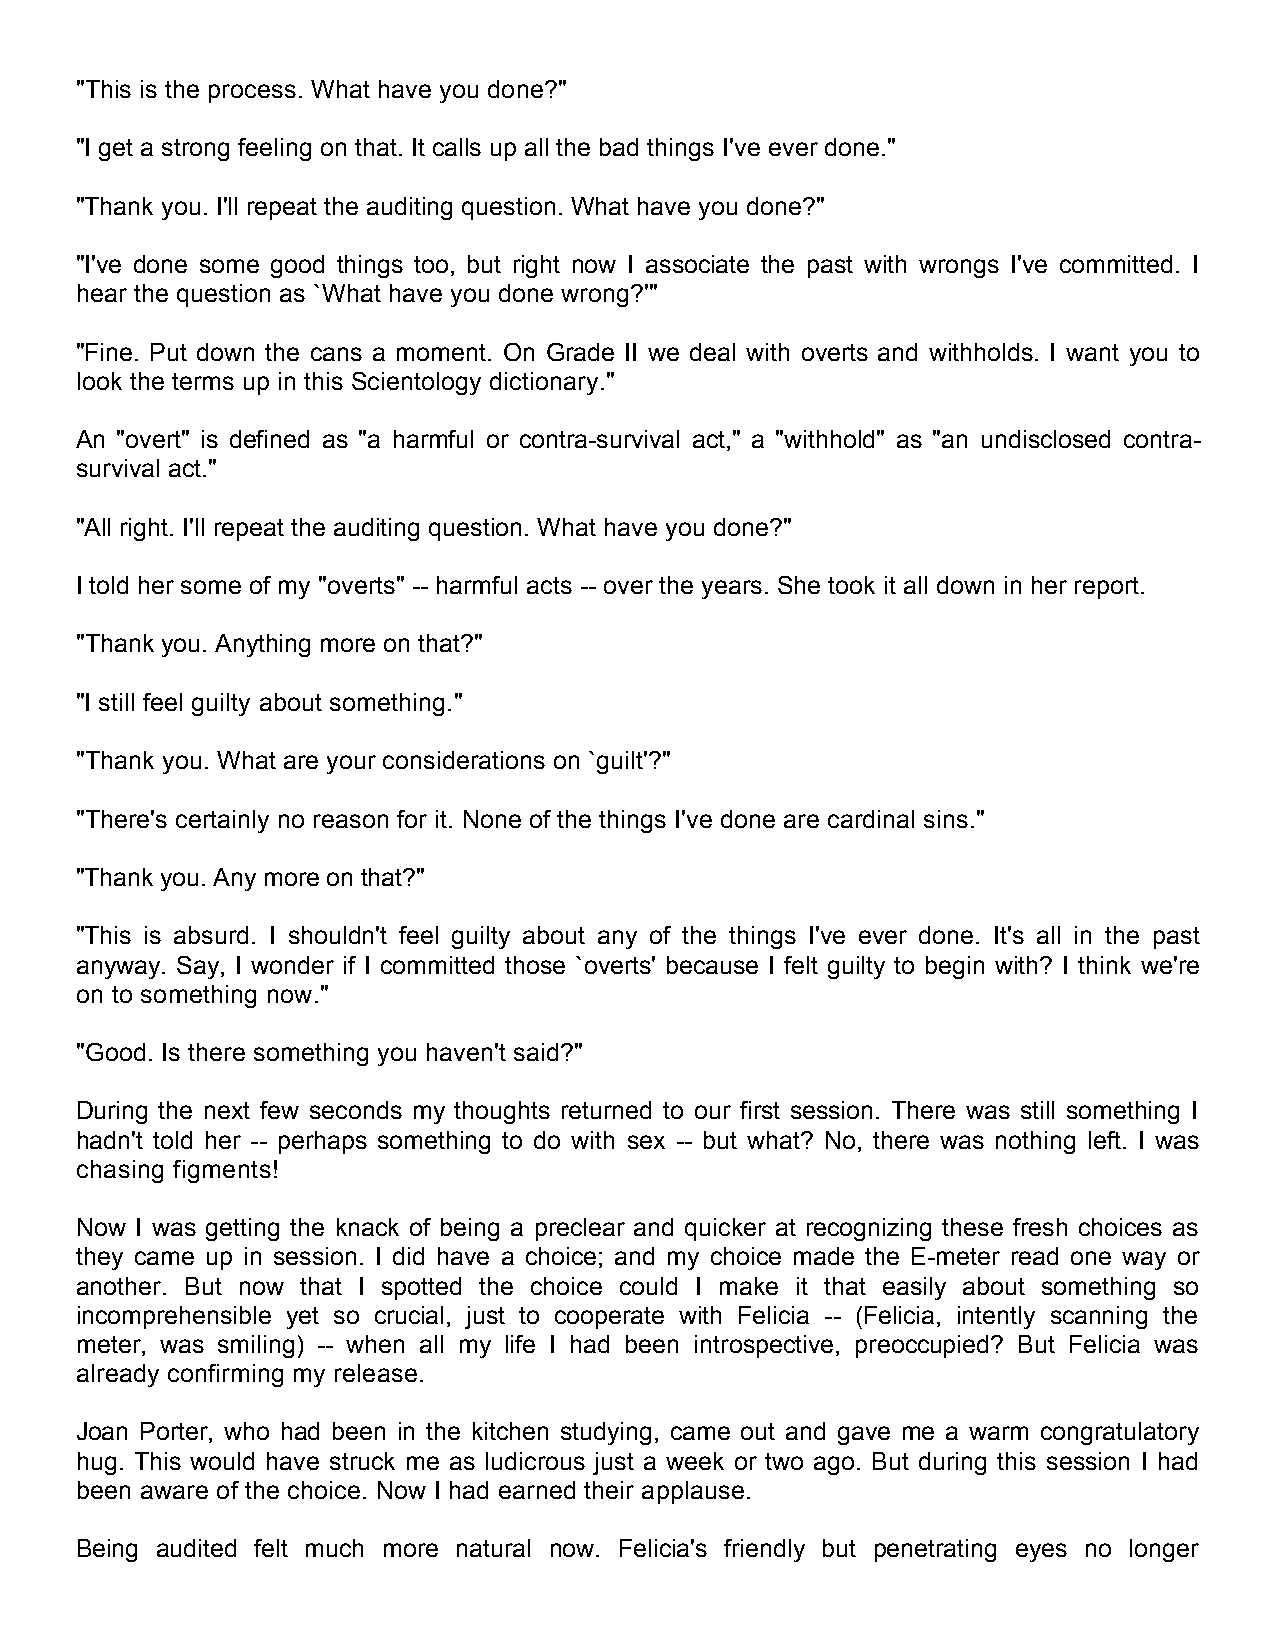
"This is the process. What have you done?"
 "I get a strong feeling on that. It calls up all the bad things I've ever done."
 "Thank you. I'll repeat the auditing question. What have you done?"
 "I've done some good things too, but right now I associate the past with wrongs I've committed. I
 hear the question as `What have you done wrong?'"
 "Fine. Put down the cans a moment. On Grade II we deal with overts and withholds. I want you to
 look the terms up in this Scientology dictionary."
 An "overt" is defined as "a harmful or contra-survival act," a "withhold" as "an undisclosed contra-
 survival act."
 "All right. I'll repeat the auditing question. What have you done?"
 I told her some of my "overts" -- harmful acts -- over the years. She took it all down in her report.
 "Thank you. Anything more on that?"
 "I still feel guilty about something."
 "Thank you. What are your considerations on `guilt'?"
 "There's certainly no reason for it. None of the things I've done are cardinal sins."
 "Thank you. Any more on that?"
 "This is absurd. I shouldn't feel guilty about any of the things I've ever done. It's all in the past
 anyway. Say, I wonder if I committed those `overts' because I felt guilty to begin with? I think we're
 on to something now."
 "Good. Is there something you haven't said?"
 During the next few seconds my thoughts returned to our first session. There was still something I
 hadn't told her -- perhaps something to do with sex -- but what? No, there was nothing left. I was
 chasing figments!
 Now I was getting the knack of being a preclear and quicker at recognizing these fresh choices as
 they came up in session. I did have a choice; and my choice made the E-meter read one way or
 another. But now that I spotted the choice could I make it that easily about something so
 incomprehensible yet so crucial, just to cooperate with Felicia -- (Felicia, intently scanning the
 meter, was smiling) -- when all my life I had been introspective, preoccupied? But Felicia was
 already confirming my release.
 Joan Porter, who had been in the kitchen studying, came out and gave me a warm congratulatory
 hug. This would have struck me as ludicrous just a week or two ago. But during this session I had
 been aware of the choice. Now I had earned their applause.
 Being audited felt much more natural now. Felicia's friendly but penetrating eyes no longer